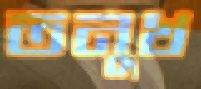
তনুখ